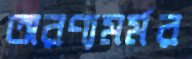
অরণ্যমর্মর